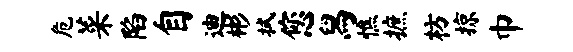
危菜陷自迪彬拭您舄憔摭枋掠巾